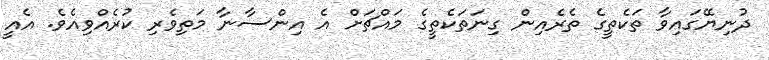
ދުނިޔޭގައިވާ ތަކެތީގެ ތެރެއިން ގިނަތަކެތީގެ މައްޗަށް އެ އިންސާނާ މަތިވެރި ކުރެއްވިއެވެ. އެއީ